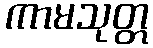
ကာမသုတ္တ